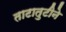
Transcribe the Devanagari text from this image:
ताटातुटीने